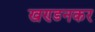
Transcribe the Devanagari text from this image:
खण्डनकर